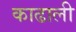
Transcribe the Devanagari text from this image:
काढाली